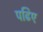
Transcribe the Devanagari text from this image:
पढिए